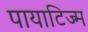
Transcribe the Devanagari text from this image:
पायाटिज्म